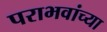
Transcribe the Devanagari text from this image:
पराभवांच्या